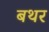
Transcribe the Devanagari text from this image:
बथर